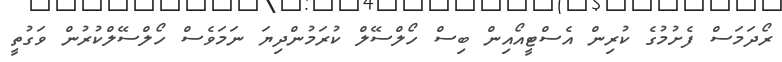
ރޯދަމަސް ފެށުމުގެ ކުރިން އެސްޓީއޯއިން ބިސް ހޯލްސޭލް ކުރަމުންދިޔަ ނަމަވެސް ހޯލްސޭލްކުރުން ވަގުތީ